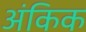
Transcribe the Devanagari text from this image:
अंकिक